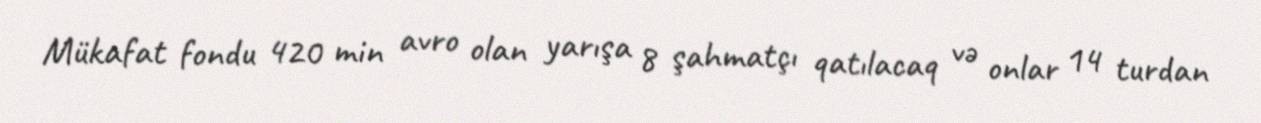
Mükafat fondu 420 min avro olan yarışa 8 şahmatçı qatılacaq və onlar 14 turdan